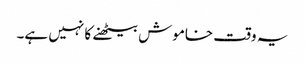
یہ وقت خاموش بیٹھنے کا نہیں ہے۔